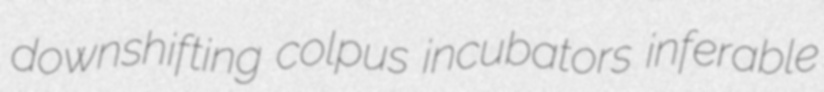
downshifting colpus incubators inferable